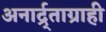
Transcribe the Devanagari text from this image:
अनार्द्र्ताग्राही